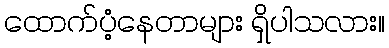
ထောက်ပံ့နေတာများ ရှိပါသလား။